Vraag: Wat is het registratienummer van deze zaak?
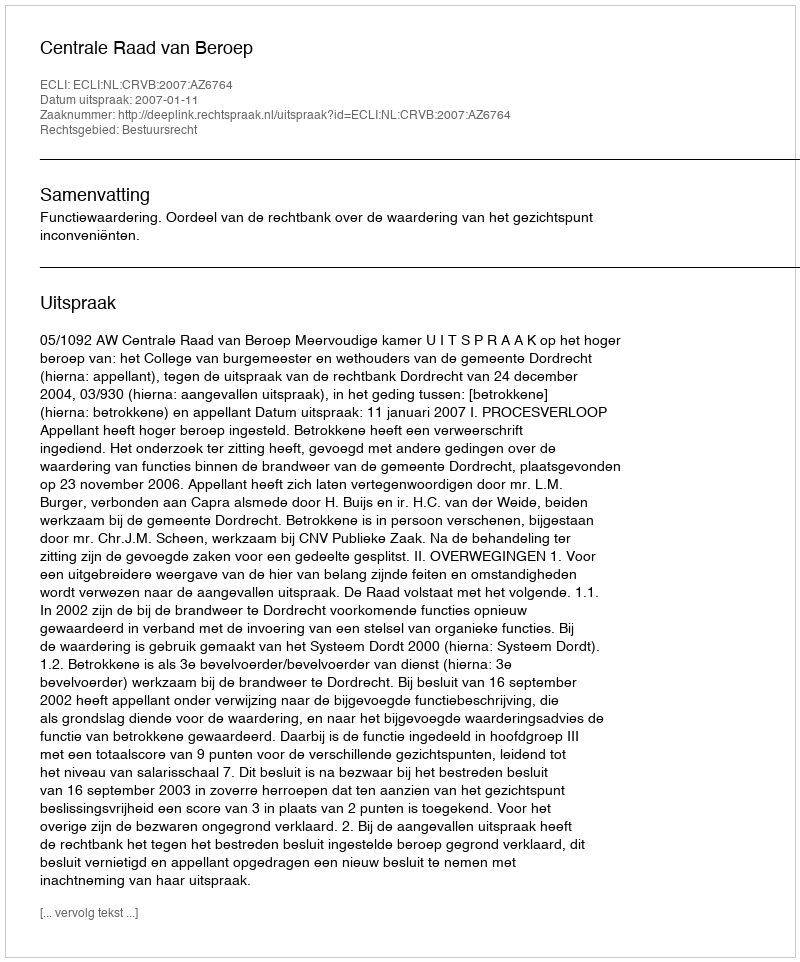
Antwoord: http://deeplink.rechtspraak.nl/uitspraak?id=ECLI:NL:CRVB:2007:AZ6764